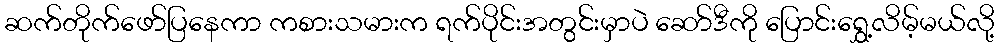
ဆက်တိုက်ဖော်ပြနေကာ ကစားသမားက ရက်ပိုင်းအတွင်းမှာပဲ ဆော်ဒီကို ပြောင်းရွှေ့လိမ့်မယ်လို့